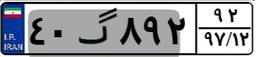
۴۰گ۸۹۲۹۲